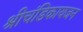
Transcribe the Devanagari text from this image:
श्रीचंडिकायजन